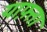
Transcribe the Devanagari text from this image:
याफ़्ता